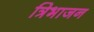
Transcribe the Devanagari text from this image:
त्रिभाजन